画像に写った文字を読んでください
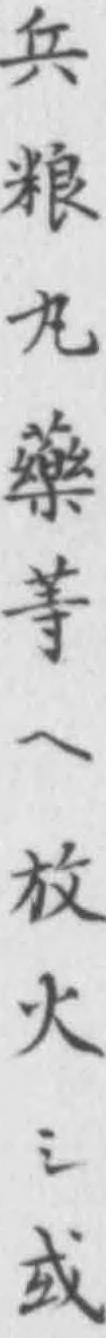
「兵粮丸藥䓁ヘ放火シ㦯」と書いてあります